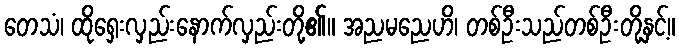
တေသံ၊ ထိုရှေးလှည်းနောက်လှည်းတို့၏။ အညမညေဟိ၊ တစ်ဦးသည်တစ်ဦးတို့နှင့်။